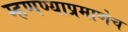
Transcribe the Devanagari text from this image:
म्हणण्याप्रमाणेच